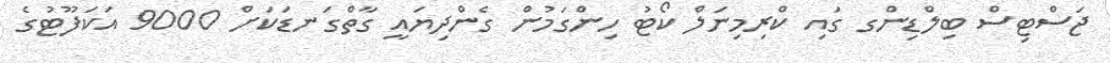
ޖަސްޓިސް ބިލްޑިންގ ގައި ކްރިމިނަލް ކޯޓު ހިންގަމުން ގެންދިޔައީ ގާތްގަނޑަކަށް 9000 އަކަފޫޓުގެ